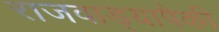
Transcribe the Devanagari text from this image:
राजवाड्यापैकी